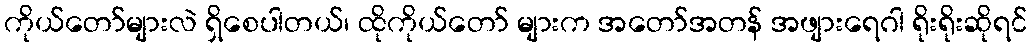
ကိုယ်တော်များလဲ ရှိစေပါတယ်၊ ထိုကိုယ်တော် များက အတော်အတန် အဖျားရေဂါ ရိုးရိုးဆိုရင်